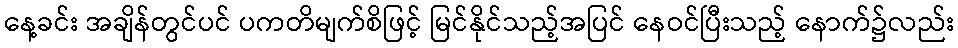
နေ့ခင်း အချိန်တွင်ပင် ပကတိမျက်စိဖြင့် မြင်နိုင်သည့်အပြင် နေဝင်ပြီးသည့် နောက်၌လည်း